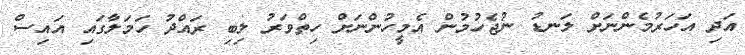
އަދި އަހަރުމެންނަށް ލަނޑު ނުޖެހުމުން އެމީހުންނަށް ހިތްވަރު ލިބި ރައްދު ހަމަލާގައި އައިސް